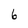
Character: 6